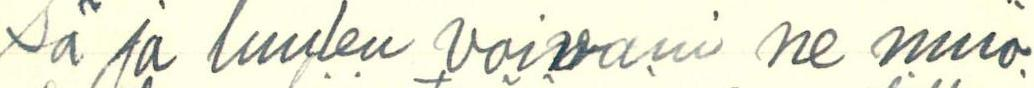
sä ja luulen voivani ne muo-